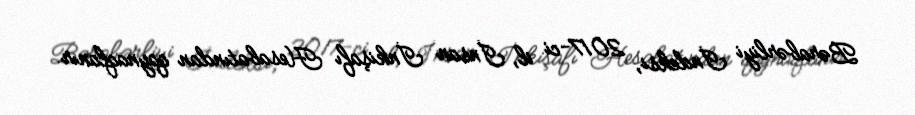
Bərabərliyi İndeksi, 2017-ci il, İnsan İnkişafı Hesabatından qaynaqlanır.